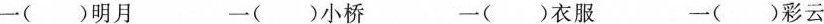
一()明月 一()小桥 一()衣服 一()彩云